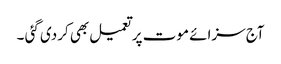
آج سزائے موت پر تعمیل بھی کردی گئی ۔